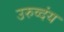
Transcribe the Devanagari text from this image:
उरुव्दंय